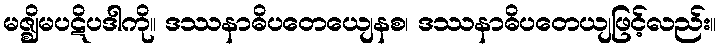
မဇ္ဈိမပဋိပဒါကို။ ဒဿနာဓိပတေယျေနစ၊ ဒဿနာဓိပတေယျဖြင့်လည်း။